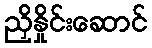
ညှိနှိုင်းဆောင်